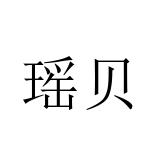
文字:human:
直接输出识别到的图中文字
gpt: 瑶贝